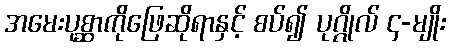
အမေးပုစ္ဆာကိုဖြေဆိုရာနှင့် စပ်၍ ပုဂ္ဂိုလ် ၄-မျိုး